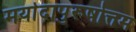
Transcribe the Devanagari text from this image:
मर्यादापुरूषोत्तम